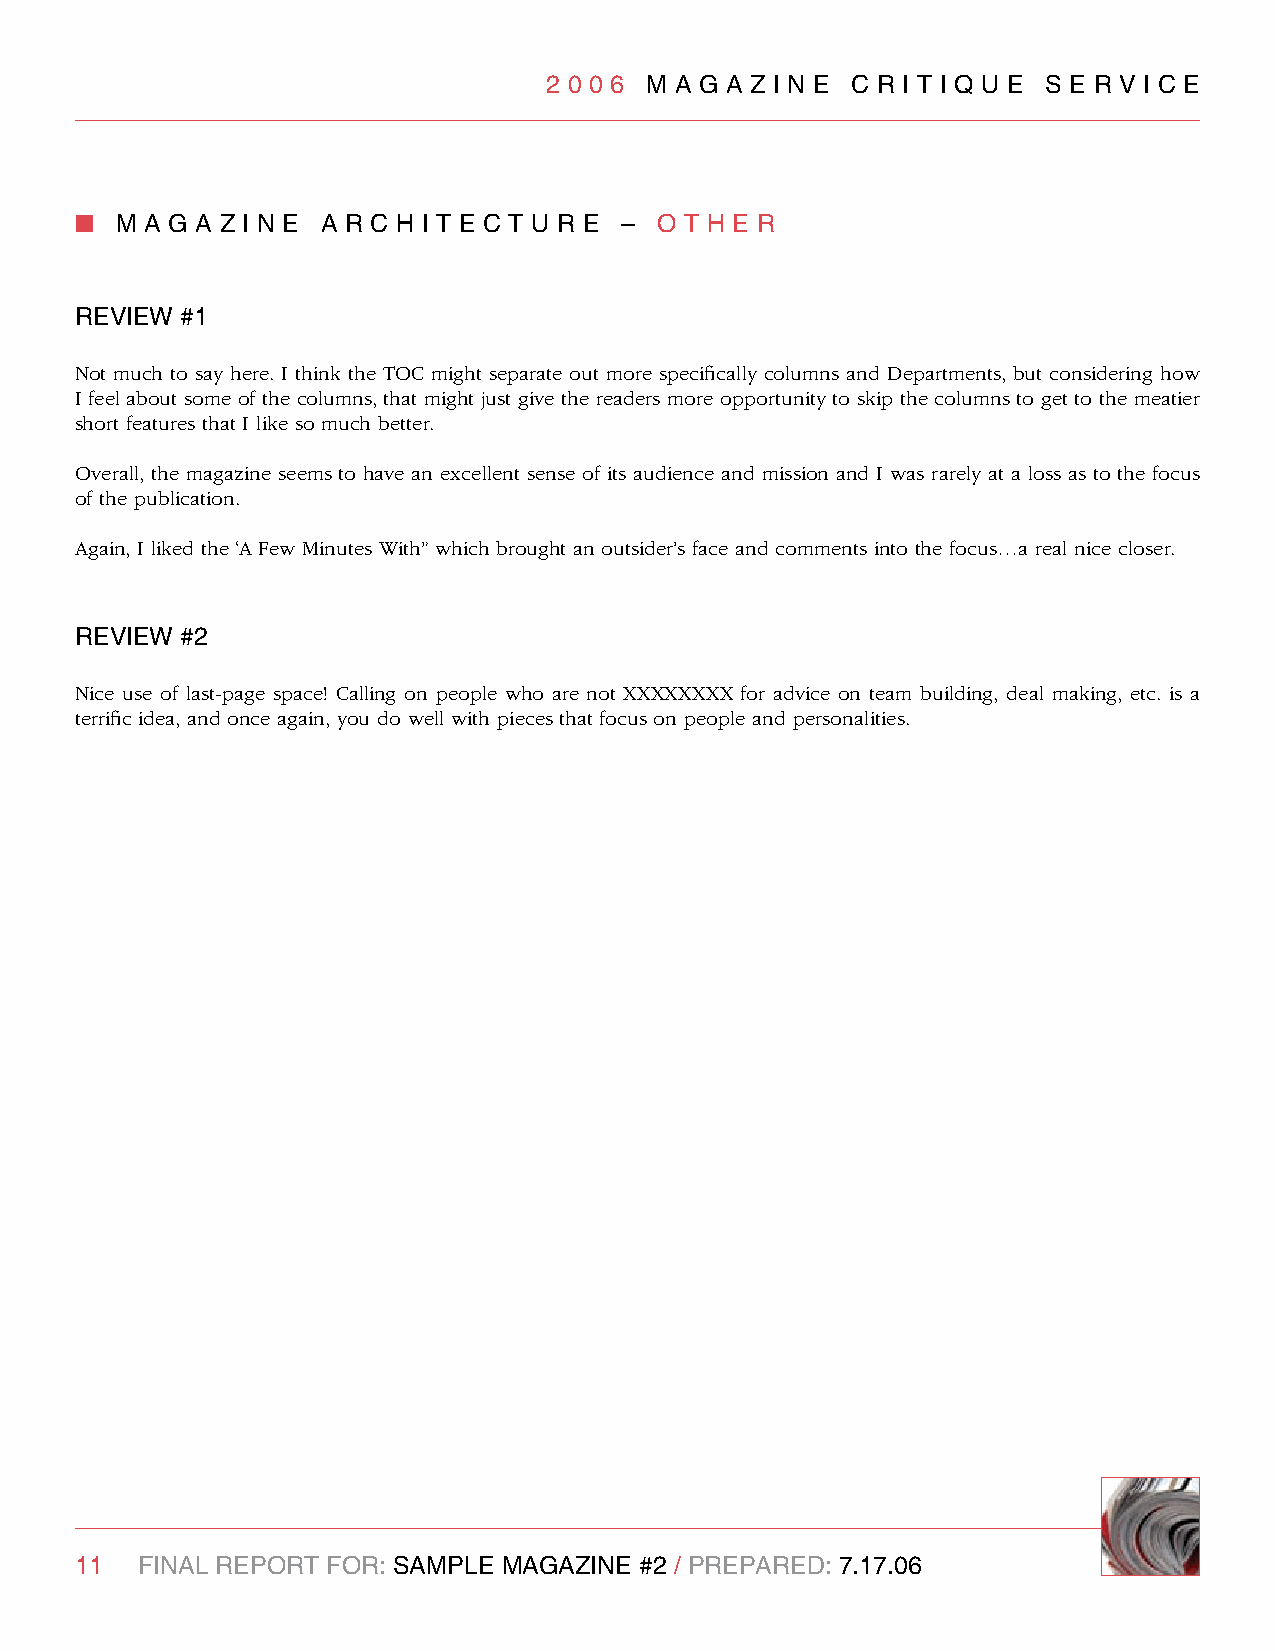
2 0 0 6 M A g A z I n e C R I T I q U e S e R v I C e
 n  M A g A z I n e A R C H I T e C T U R e – O T H e R
 RevIew #1
 Not much to say here. I think the TOC might separate out more specifically columns and Departments, but considering how
 I feel about some of the columns, that might just give the readers more opportunity to skip the columns to get to the meatier
 short features that I like so much better.
 Overall, the magazine seems to have an excellent sense of its audience and mission and I was rarely at a loss as to the focus
 of the publication.
 Again, I liked the ‘A Few Minutes With” which brought an outsider’s face and comments into the focus…a real nice closer.
 RevIew #2
 Nice use of last-page space! Calling on people who are not XXXXXXXX for advice on team building, deal making, etc. is a
 terrific idea, and once again, you do well with pieces that focus on people and personalities.
 11  FInAl RePORT FOR: SAMPle MAgAzIne #2 / PRePARed: 7.17.06